Lunatic asylums Bombay report 1891-1903 - 1891-1903
Year: 1891
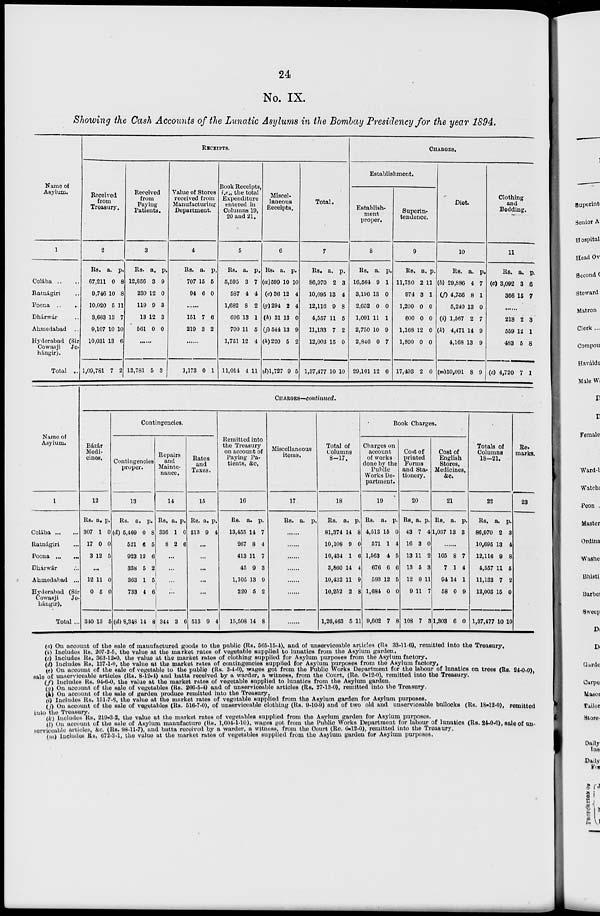
24
No. IX.
Showing the Cash Accounts of the Lunatic Asylums in the Bombay Presidency for the year 1894.
Name of
Asylum.
1
Colába .. ..
Ratnágiri ..
Poona .. ..
Dhárwár ..
Ahmedabad
..
Hyderabad (Sir
Cowasji
Je-
hángir).
Total ..
RECEIPTS.
Received
from
Treasury.
2
Rs.
67,211
9,746
10,020
3,663
9,107
10,031
1,09,781
a.
0
10
5
13
10
13
7
p.
8
8
11
7
10
6
2
Received
from
Paying
Patients.
3
Rs.
12,856
230
119
13
561
a.
3
12
9
12
0
p.
9
0
3
3
0
......
13,781 5 3
Value of Stores
received from
Manufacturing
Department.
4
Rs.
707
94
a.
15
6
p.
5
0
151
219
7
3
6
2
......
1,173 0 1
Book Receipts,
i.e., the total
Expenditure
entered in
Columns 19,
20 and 21.
5
Rs.
5,595
587
1,682
696
700
1,751
11,014
a.
3
4
8
13
11
12
4
p.
7
4
2
1
5
4
11
Miscel-
laneous
Receipts.
6
Rs.
(a) 599
(e)36
(g) 294
(h) 31
(j) 544
(h) 220
(l) l,727
a.
10
12
2
13
13
5
9
p.
10
4
4
0
9
2
5
Total.
7
Rs.
86,970
10,695
12,116
4,557
11,133
12,003
1,37,477
a.
2
13
9
11
7
15
10
p.
3
4
8
5
2
0
10
CHARGES.
Establishment.
Establish-
ment
proper.
8
Rs.
16,564
3,196
2,652
1,091
2,750
2,846
29,101
a.
9
13
0
11
10
0
12
p.
1
0
0
1
9
7
6
Superin-
tendence.
9
Rs.
11,750
974
1,200
600
1,168
1,800
17,493
a.
2
3
0
0
12
0
2
p.
11
1
0
0
0
0
0
Diet.
10
Rs.
(b) 29,886
(f) 4,756
5,240
(i) 1,567
(k) 4,471
4,168
(m) 50,091
a.
4
8
13
2
14
13
8
p.
7
1
0
7
9
9
9
Clothing
and
Bedding.
11
Rs.
(c) 3,092
366
a.
3
15
p.
6
7
......
218
559
483
(c) 4,720
2
12
5
7
3
1
8
1
Name of
Asylum.
1
Colába ... ...
Ratnágiri ...
Poona
...
...
Dhárwár ...
Ahmedabad ...
Hyderabad (Sir
Cowasji
Je-
hángir).
Total ...
CHARGES—continued.
Bázár
Medi-
cines.
12
Rs.
307
17
3
a.
1
0
12
p.
0
0
5
...
12
0
340
11
5
13
0
0
5
Contingencies.
Contingencies
proper.
13
Rs.
(d) 5,469
521
923
338
363
733
(d) 8,348
a.
0
6
12
5
1
4
14
p.
8
5
6
2
5
6
8
Repairs
and
Mainte-
nance.
14
Rs.
336
8
a.
1
2
p.
0
6
...
...
...
...
344 3 6
Rates
and
Taxes.
15
Rs.
513
a.
9
p.
4
...
...
...
...
...
513 9 4
Remitted into
the Treasury
on account of
Paying Pa-
tients, &c.
16
Rs.
13,455
267
413
45
1,105
220
15,508
a.
14
8
11
9
13
5
14
p.
7
4
7
3
9
2
8
Miscellaneous
items.
17
Rs. a. p.
......
......
......
......
......
......
......
Total of
Columns
8—17.
18
Rs.
81,374
10,108
10,434
3,860
10,432
10,252
1,26,463
a.
14
9
1
14
11
2
5
p.
8
0
6
4
9
8
11
Book Charges.
Charges on
account
of works
done by the
Public
Works De-
partment.
19
Rs.
4,513
571
1,563
676
593
1,684
9,602
a.
15
1
4
6
12
0
7
p.
0
4
5
6
5
0
8
Cost of
printed
Forms
and Sta-
tionery.
20
Rs.
43
16
13
13
12
9
108
a.
7
3
11
5
0
11
7
p.
4
0
2
3
11
7
3
Cost of
English
Stores,
Medicines,
&c.
21
Rs.
1,037
a.
13
p.
3
......
105
7
94
58
1,303
8
1
14
0
6
7
4
1
9
0
Totals of
Columns
18—21.
22
Rs.
86,970
10,695
12,116
4,557
11,133
12,003
1,37,477
a.
2
13
9
11
7
15
10
p.
3
4
8
5
2
0
10
Re-
marks.
23
(a) On account of the sale of manufactured goods to the public (Rs. 565-15-4), and of unserviceable articles (Rs 33-11-6), remitted into the Treasury.
(b) Includes Rs. 207-2-5, the value at the market rates of vegetable supplied to lunatics from the Asylum garden.
(c) Includes Rs. 363-12-0, the value at the market rates of clothing supplied for Asylum purposes from the Asylum factory.
(d) Includes Rs. 137-1-0, the value at the market rates of contingencies supplied for Asylum purposes from the Asylum factory,
(e) On account of the sale of vegetable to the public (Rs. 3-4-0), wages got from the Public Works Department for the labour of lunatics on trees (Rs. 24-0-0),
sale of unserviceable articles (Rs. 8-12-4) and batta received by a warder, a witness, from the Court, (Re. 0-12-0), remitted into the Treasury.
(f) Includes Rs. 94-6-0, the value at the market rates of vegetable supplied to lunatics from the Asylum garden.
(g) On account of the sale of vegetables (Rs. 266-5-4) and of unserviceable articles (Rs. 27-13-0), remitted into the Treasury.
(h) On account of the sale of garden produce remitted into the Treasury.
(i) Includes Rs. 151-7-6, the value at the market rates of vegetable supplied from the Asylum garden for Asylum purposes.
(j) On account of the sale of vegetables (Rs. 516-7-0), of unserviceable clothing (Rs. 9-10-9) and of two old and unserviceable bullocks (Rs. 18-12-0), remitted
into the Treasury.
(k) Includes Rs. 219-3-2, the value at the market rates of vegetables supplied from the Asylum garden for Asylum purposes.
(l) On account of the sale of Asylum manufacture (Rs. 1,604-1-10), wages got from the Public Works Department for labour of lunatics (Rs. 24-0-0), sale of un-
serviceable articles, &c. (Rs. 98-11-7), and batta received by a warder, a witness, from the Court (Re. 0-12-0), remitted into the Treasury.
(m) Includes Rs. 672-3-1, the value at the market rates of vegetables supplied from the Asylum garden for Asylum purposes.